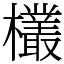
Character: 欉